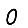
Digit: 0